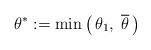
LaTeX: \begin{align*}\theta^*:=\min\left(\, \theta_1,\;\overline\theta\,\right)\end{align*}